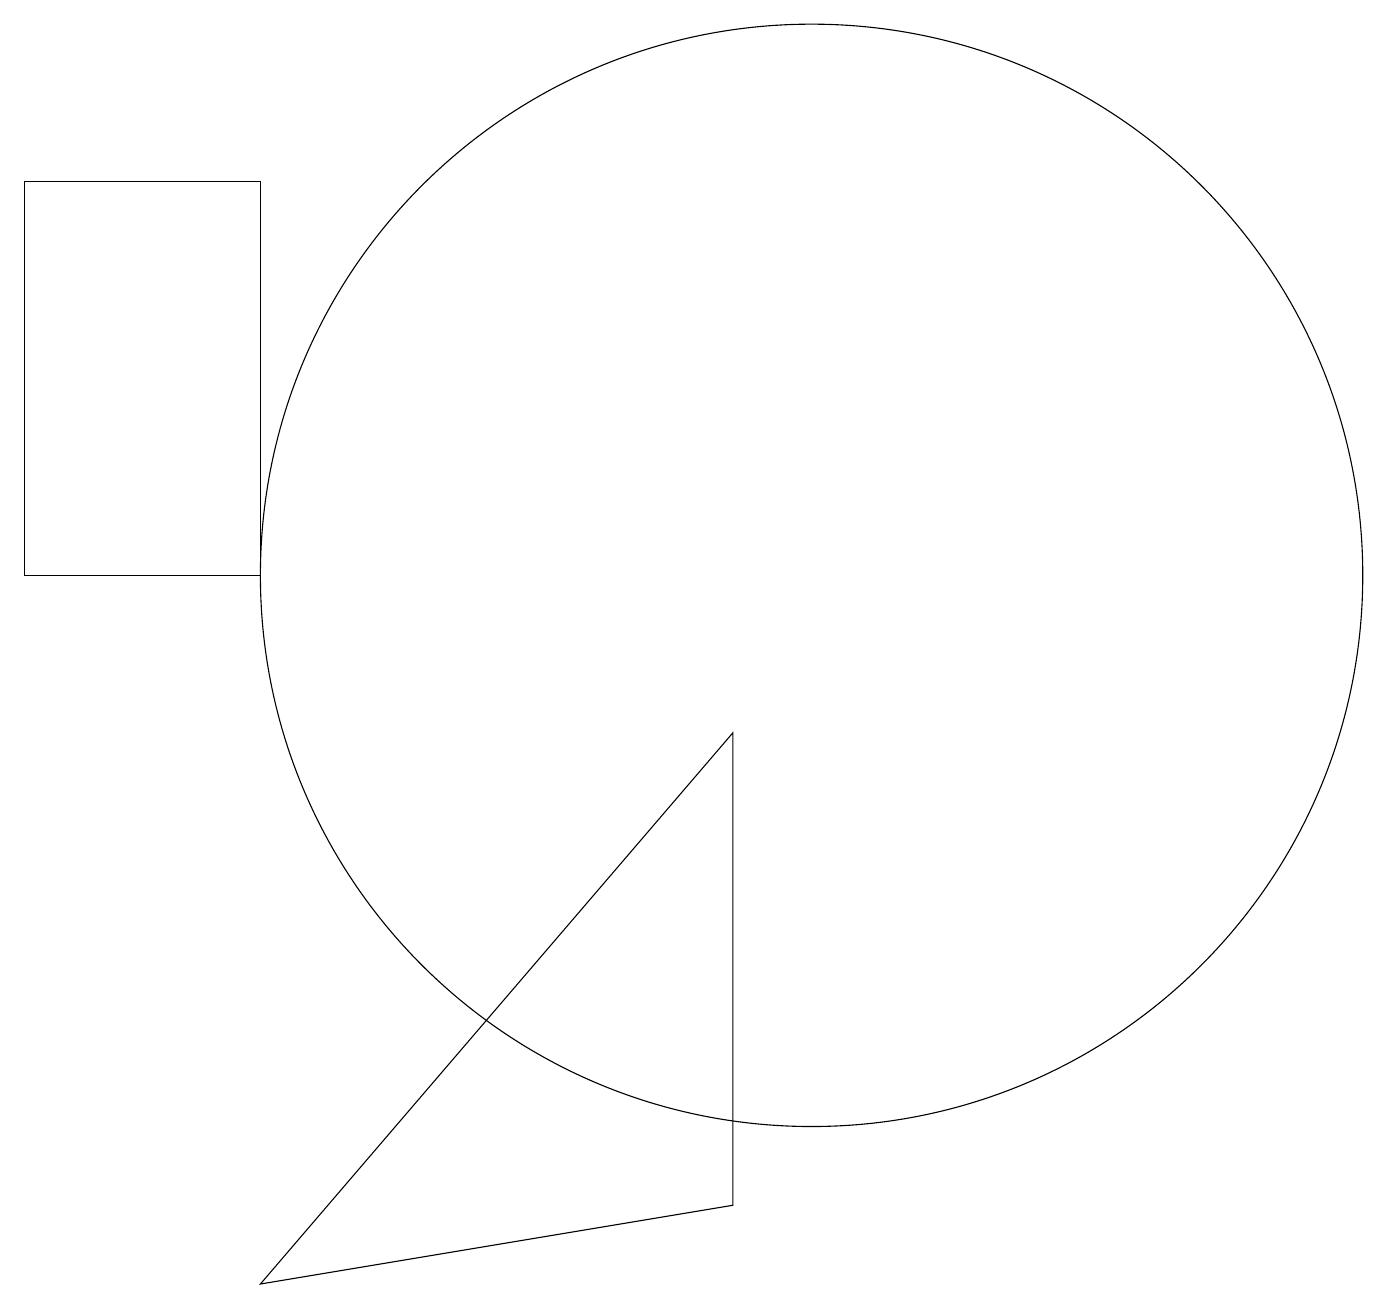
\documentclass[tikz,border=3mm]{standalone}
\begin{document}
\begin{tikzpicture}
\draw (0,11) rectangle (3,16);
\draw (9,9) -- (3,2) -- (9,3) -- cycle;
\draw (10,11) circle (7);
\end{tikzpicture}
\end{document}